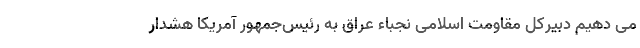
می دهیم دبیرکل مقاومت اسلامی نُجَباء عراق به رئیس‌جمهور آمریکا هشدار